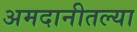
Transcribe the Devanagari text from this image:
अमदानीतल्या